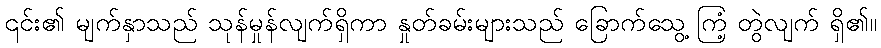
၎င်း၏ မျက်နှာသည် သုန်မှုန်လျက်ရှိကာ နှုတ်ခမ်းများသည် ခြောက်သွေ့ ကြံ့ တွဲလျက် ရှိ၏။